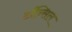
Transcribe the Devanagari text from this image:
टाँन्सिल